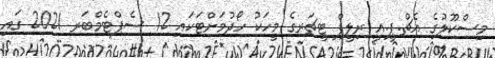
މިސްކޫލުގެ އެޗް.ޕީ.އީ ރިލީފް ޓީޗަރގެ މީހަކު ހޯދުމަށްޓަކައި 12 ސެޕްޓެމްބަރ 2021 ގައި